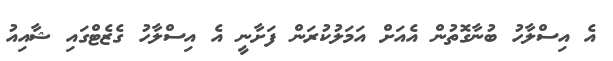
އެ އިސްލާހު ބުނާގޮތުން އެއަށް އަމަލުކުރަން ފަށާނީ އެ އިސްލާހު ގެޒެޓްގައި ޝާއިއު